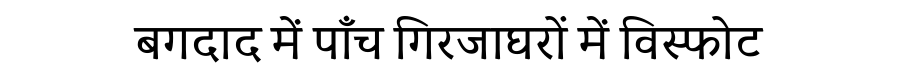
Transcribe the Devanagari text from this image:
बगदाद में पाँच गिरजाघरों में विस्फोट